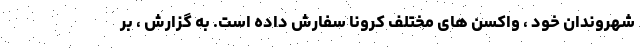
شهروندان خود ، واکسن های مختلف کرونا سفارش داده است. به گزارش ، بر